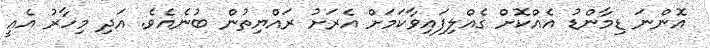
އޮންނަ ޑިމާންޑު އެއްކޮށް ގެއްލިފައިވާކަމަށް އެރަށު ރައްޔިތުން ބުނެއެވެ. އަދި މިހާރު އެއީ